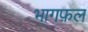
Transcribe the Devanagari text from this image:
भागफ़ल